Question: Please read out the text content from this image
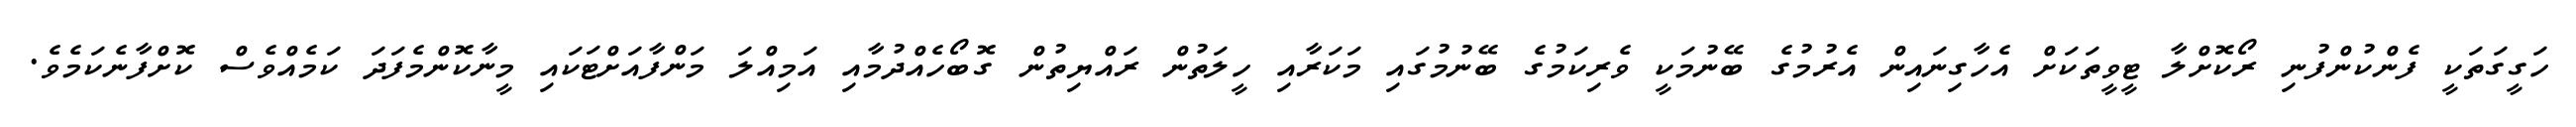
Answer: ހަގީގަތަކީ ފެންކުންފުނި ރޯކޮށްލާ ޓީވީތަކަށް އެހާގިނައިން އެރުމުގެ ބޭނުމަކީ ވެރިކަމުގެ ބޭނުމުގައި މަކަރާއި ހީލަތުން ރައްޔިތުން ގޮބޯހެއްދުމާއި އަމިއްލަ މަންފާއަށްޓަކައި މީނާކޮންމެފަދަ ކަމެއްވެސް ކޮށްފާނެކަމެވެ.